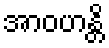
အာဝဟန္တိ